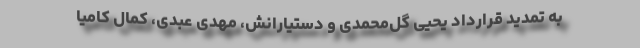
به تمدید قرارداد یحیی گل‌محمدی و دستیارانش، مهدی عبدی، کمال کامیا